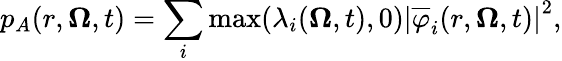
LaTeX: p_{A}(r,\boldsymbol{\Omega},t)=\sum_{i}\operatorname*{max}(\lambda_{i}(\boldsymbol{\Omega},t),0)\left|\overline{{\varphi}}_{i}(r,\boldsymbol{\Omega},t)\right|^{2},